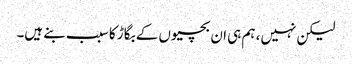
لیکن نہیں، ہم ہی ان بچیوں کے بگاڑ کا سبب بنے ہیں۔